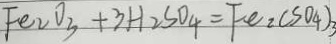
F e _ { 2 } O _ { 3 } + 3 H _ { 2 } S O _ { 4 } = F e _ { 2 } ( S O _ { 4 } ) _ { 3 }